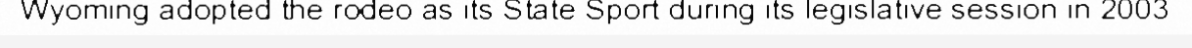
Wyoming adopted the rodeo as its State Sport during its legislative session in 2003.